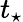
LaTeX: t_{\star}